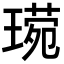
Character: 𬎈